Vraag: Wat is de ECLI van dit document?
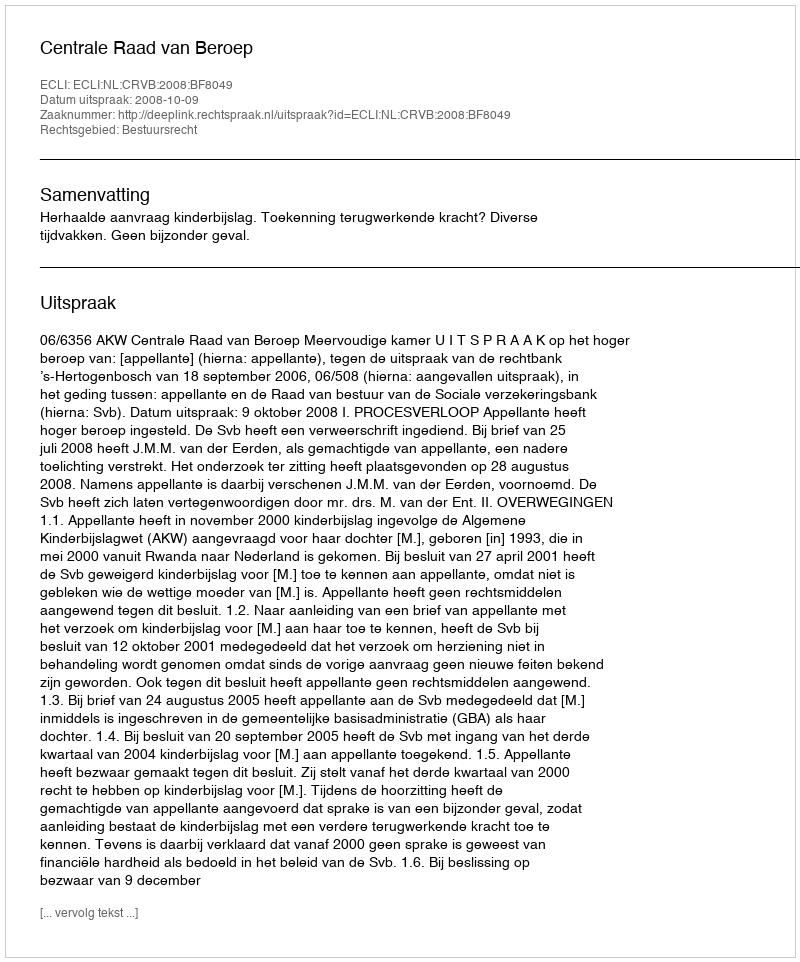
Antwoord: ECLI:NL:CRVB:2008:BF8049